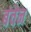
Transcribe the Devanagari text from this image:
बंचेन